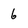
Character: 6